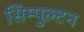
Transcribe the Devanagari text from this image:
सिम्पुल्टन